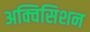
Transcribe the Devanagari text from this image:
अक्विसिशन